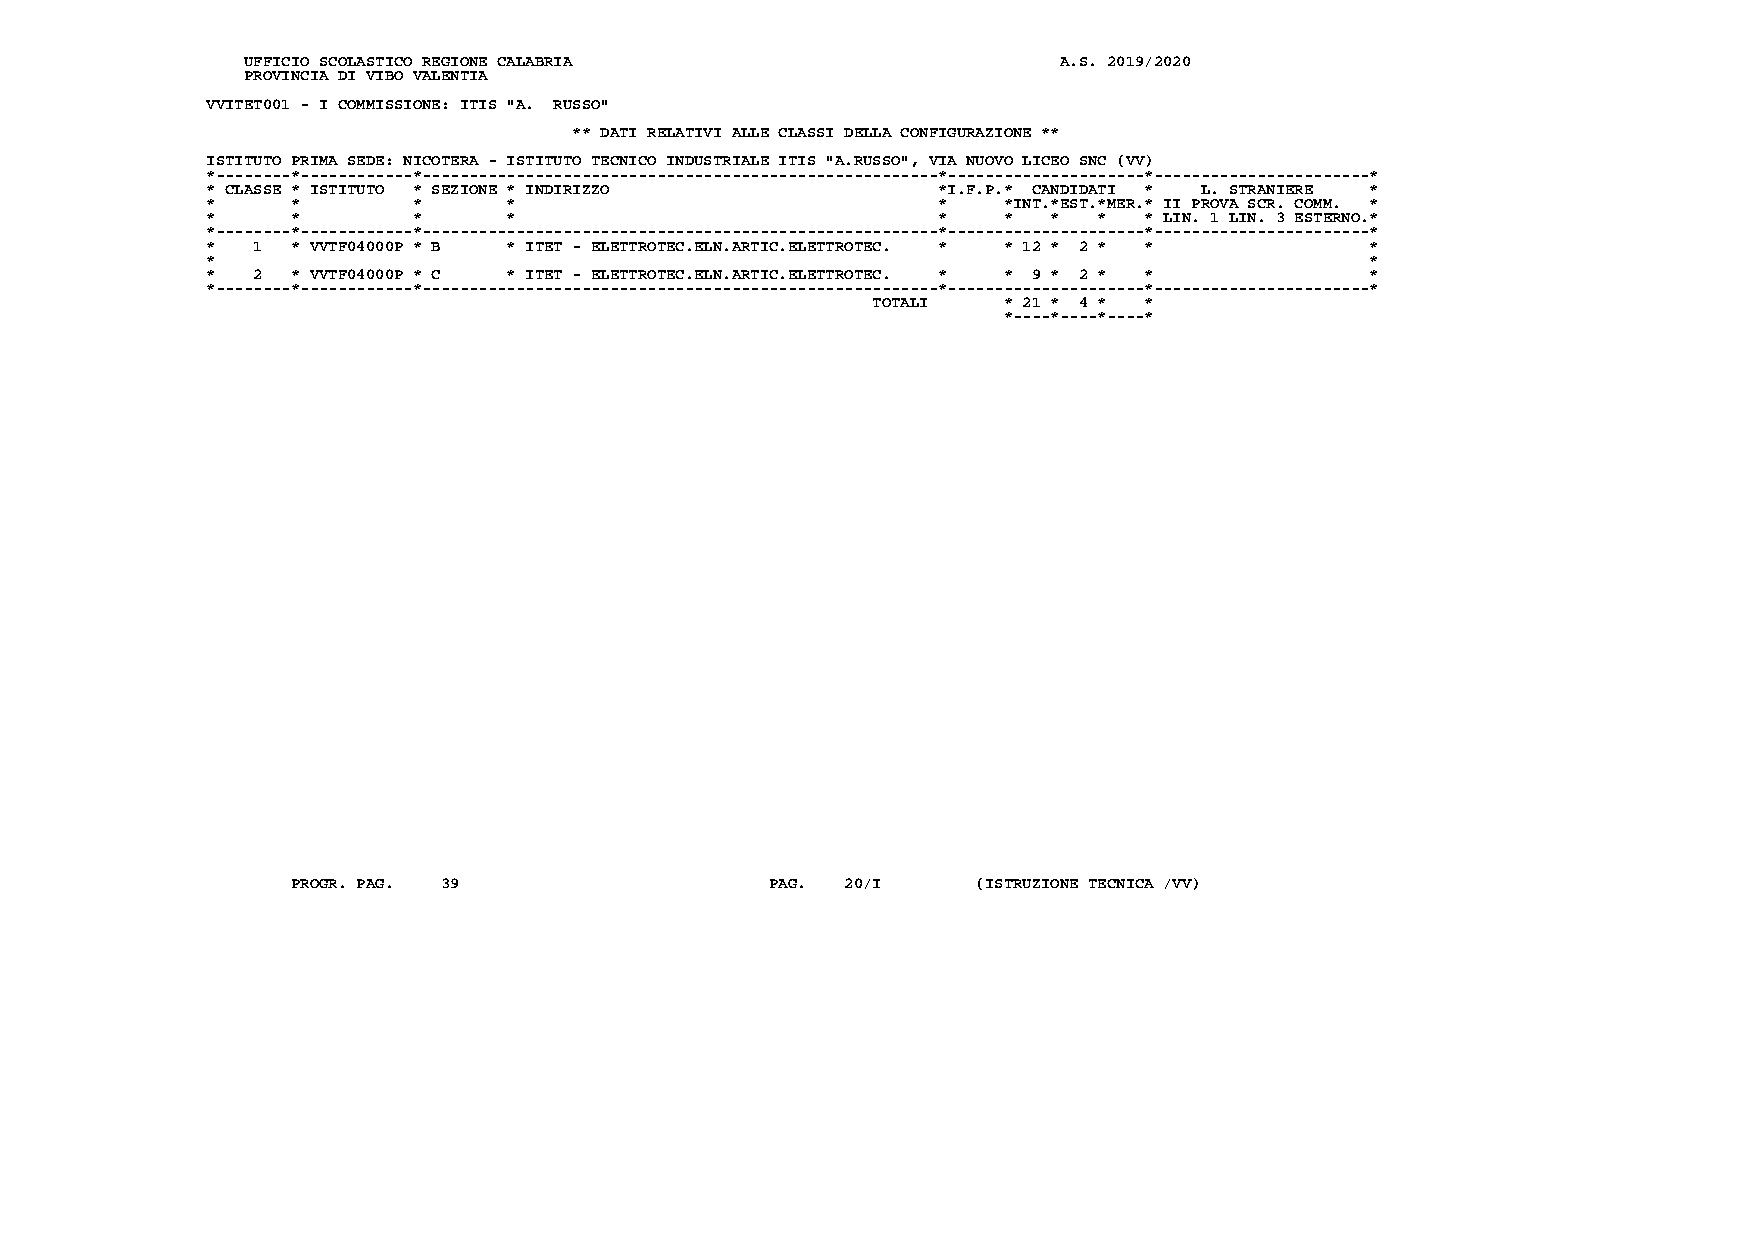
UFFICIO SCOLASTICO REGIONE CALABRIA                   A.S. 2019/2020
 PROVINCIA DI VIBO VALENTIA
 VVITET001 - I COMMISSIONE: ITIS "A. RUSSO"
 ** DATI RELATIVI ALLE CLASSI DELLA CONFIGURAZIONE **
 ISTITUTO PRIMA SEDE: NICOTERA - ISTITUTO TECNICO INDUSTRIALE ITIS "A.RUSSO", VIA NUOVO LICEO SNC (VV)
 *--------*------------*-------------------------------------------------------*---------------------*-----------------------*
 * CLASSE * ISTITUTO * SEZIONE * INDIRIZZO       *I.F.P.* CANDIDATI * L. STRANIERE *
 *    *       *      *                           *   *INT.*EST.*MER.* II PROVA SCR. COMM. *
 *    *       *      *                           *   *   *  *  * LIN. 1 LIN. 3 ESTERNO.*
 *--------*------------*-------------------------------------------------------*---------------------*-----------------------*
 *  1 * VVTF04000P * B * ITET - ELETTROTEC.ELN.ARTIC.ELETTROTEC. * * 12 * 2 * * *
 *                                                                            *
 *  2 * VVTF04000P * C * ITET - ELETTROTEC.ELN.ARTIC.ELETTROTEC. * * 9 * 2 * * *
 *--------*------------*-------------------------------------------------------*---------------------*-----------------------*
 TOTALI  * 21 * 4 * *
 *----*----*----*
 PROGR. PAG. 39                  PAG. 20/I     (ISTRUZIONE TECNICA /VV)